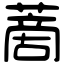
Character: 蔐